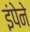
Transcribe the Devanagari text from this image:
इंपेने